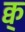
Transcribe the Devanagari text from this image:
क्व्